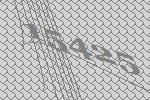
15425